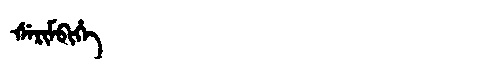
Manchu: ᡧᡝᡵᡳᠮᠪᡳᡥᡝ
Romanization: ŠERIMBIHE